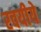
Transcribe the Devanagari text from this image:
रवयीये